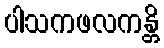
ပါသကဖလကန္တိ